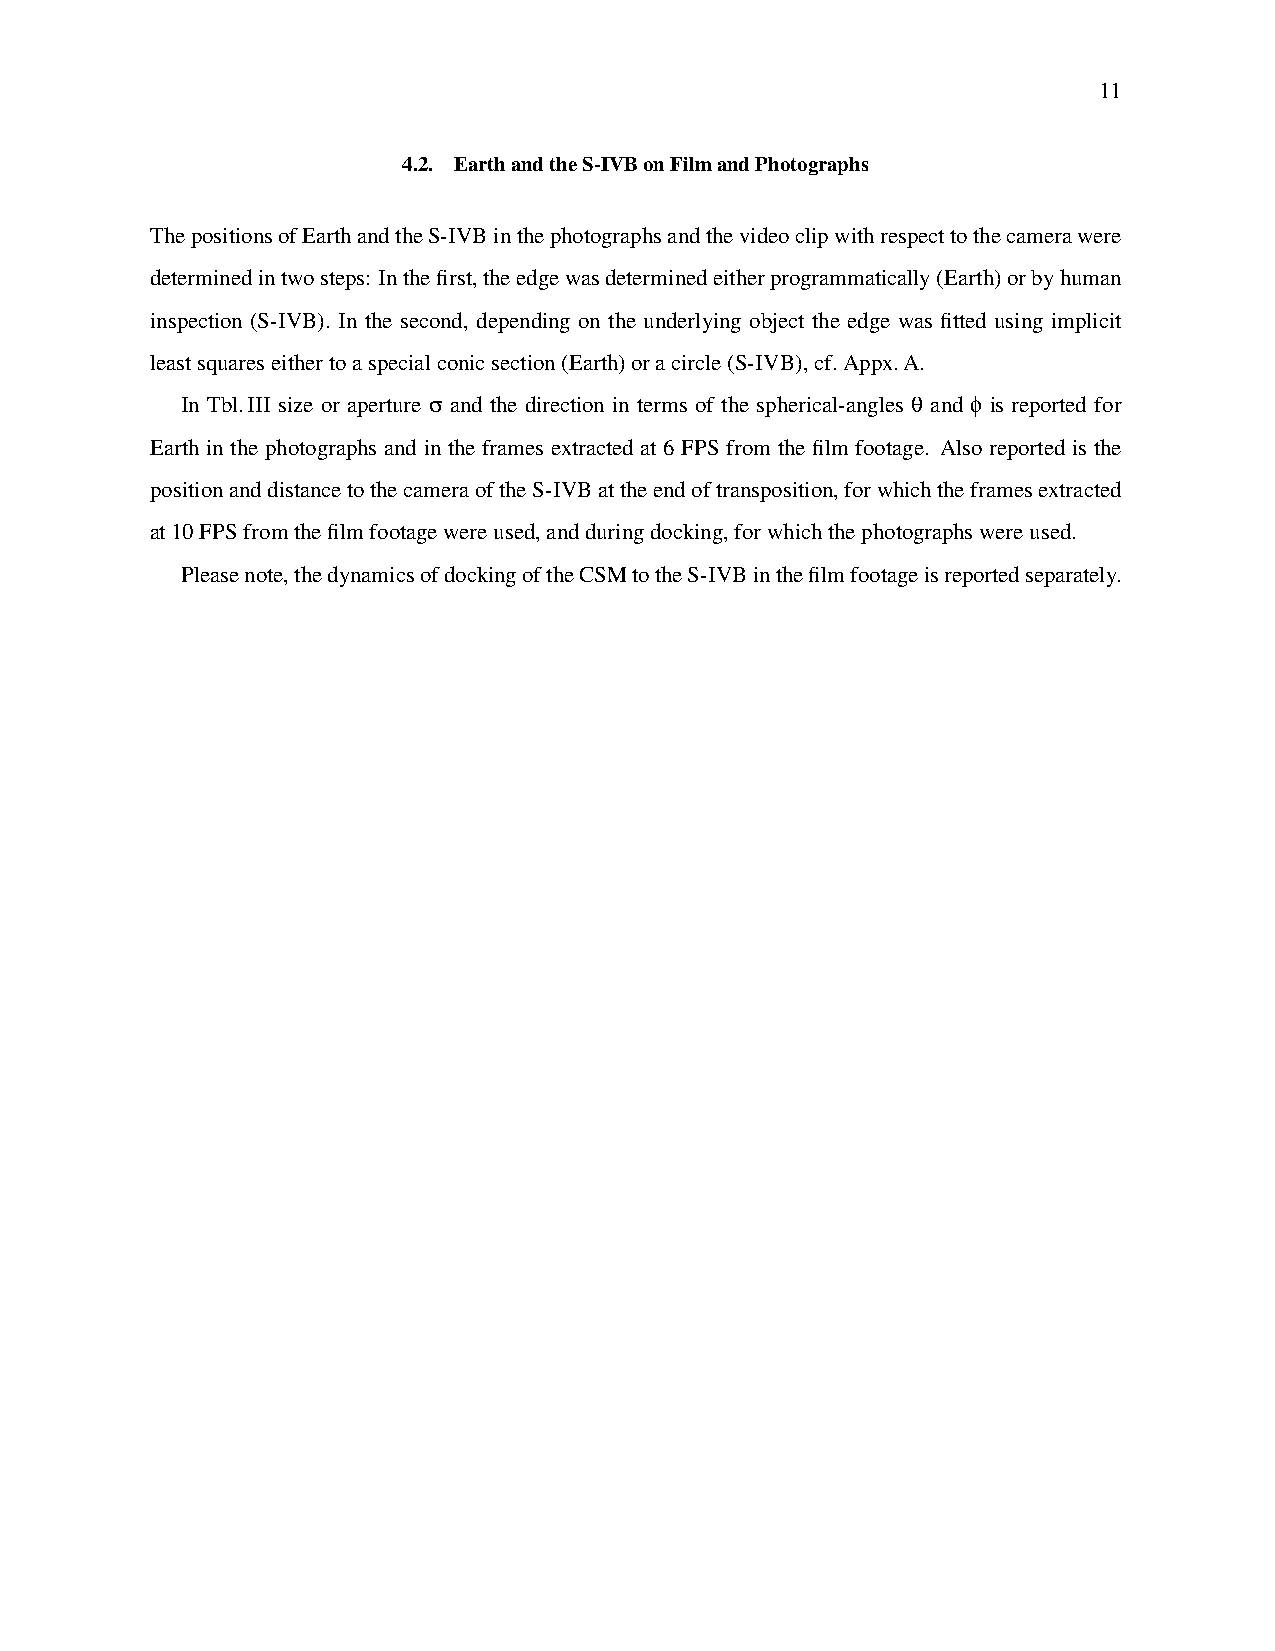
11
 4.2. EarthandtheS-IVBonFilmandPhotographs
 ThepositionsofEarthandtheS-IVBinthephotographsandthevideoclipwithrespecttothecamerawere
 determinedintwosteps: Inthefirst,theedgewasdeterminedeitherprogrammatically(Earth)orbyhuman
 inspection (S-IVB). In the second, depending on the underlying object the edge was fitted using implicit
 leastsquareseithertoaspecialconicsection(Earth)oracircle(S-IVB),cf.Appx.A.
 In Tbl.III size or aperture σ and the direction in terms of the spherical-angles θ and φ is reported for
 Earth in the photographs and in the frames extracted at 6 FPS from the film footage. Also reported is the
 positionanddistancetothecameraoftheS-IVBattheendoftransposition,forwhichtheframesextracted
 at10FPSfromthefilmfootagewereused,andduringdocking,forwhichthephotographswereused.
 Pleasenote,thedynamicsofdockingoftheCSMtotheS-IVBinthefilmfootageisreportedseparately.